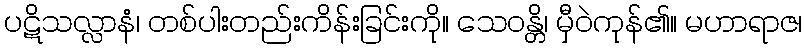
ပဋိသလ္လာနံ၊ တစ်ပါးတည်းကိန်းခြင်းကို။ သေဝန္တိ၊ မှီဝဲကုန်၏။ မဟာရာဇ၊